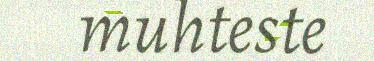
muhteste